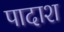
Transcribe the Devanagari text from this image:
पादाश